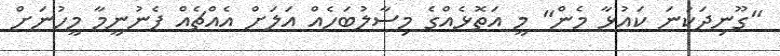
"ގޫނިދަކުނަ ކައުޅާ މެން" މީ އަތޮޅެއްގެ މިސާލުބަހެއް އަލަށް އެއްޗެއް ފެނުނީމާ މީހުނަށް